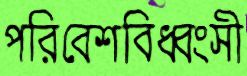
পরিবেশবিধ্বংসী